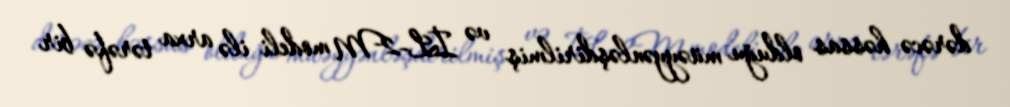
dərəcə həssas olduğu müəyyənləşdirilmiş və İL-2M modeli ilə arxa tərəfə bir